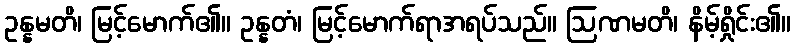
ဥန္နမတိ၊ မြင့်မောက်၏။ ဥန္နတံ၊ မြင့်မောက်ရာအရပ်သည်။ ဩဏမတိ၊ နိမ့်ရှိုင်း၏။